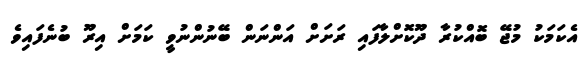
އެކަމަކު މުޖޭ ބޮއްކުރާ ދޫކޮށްލާފައި ރަށަށް އަންނަން ބޭނުންނުވީ ކަމަށް އިރޫ ބުނެފައިވެ